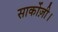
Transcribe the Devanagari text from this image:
सार्कोज़ी।